Civil Veterinary Department. Madras. Admin. report 1910-25 - 1910-1925
Year: 1910
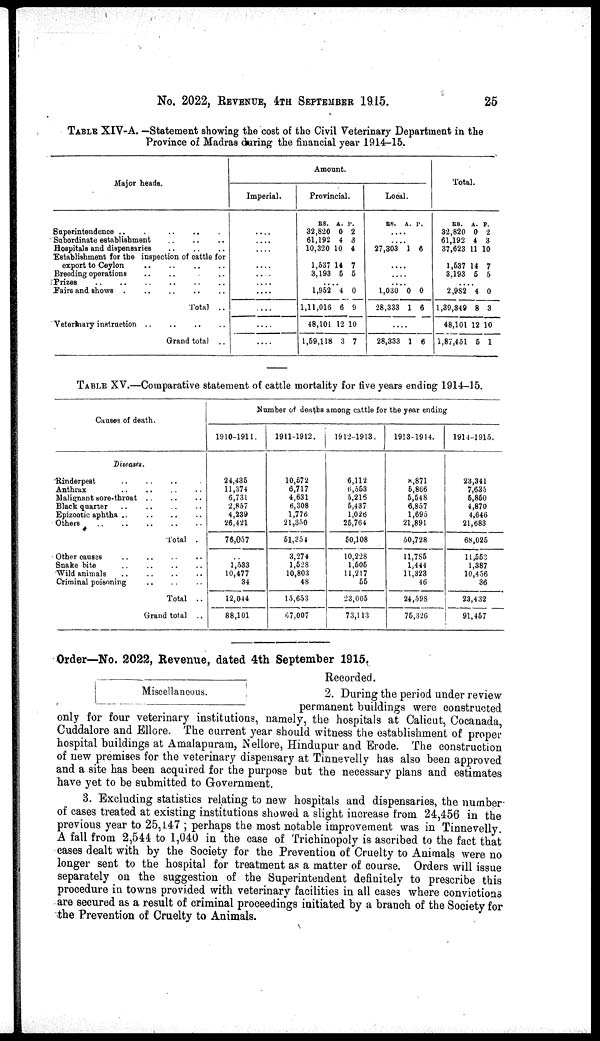
No. 2022, REVENUE, 4TH SEPTEMBER 1915.
25
TABLE XIV-A. —Statement showing the cost of the Civil Veterinary Department in the
Province of Madras during the financial year 1914—15.
Major heads.
Superintendence .. .. .. ..
Subordinate establishment .. .. ..
Hospitals and dispensaries .. .. ..
Establishment for the inspection of cattle for
export to Ceylon .. .. .. ..
Breeding operations .. .. .. ..
Prizes .. .. .. .. .. ..
Fairs and shows .. .. .. .. ..
Total ..
Veterinary instruction .. .. .. ..
Grand total ..
Amount.
Imperial.
....
....
....
....
....
....
....
....
....
....
Provincial.
RS.
32,820
61,192
10,320
1,537
3,193
A.
0
4
10
14
5
P.
2
3
4
7
5
...... 1,952
1,11,016
48,101
1,59,118
4
6
12
3
0
9
10
7
Local.
RS. A. P.
....
....
27,303 1 6
....
....
.... 1,030
28,333
0
1
0
6
....
28,333 1 6
Total.
RS.
32,820
61,192
37,623
1,637
3,193
A.
0
4
11
14
5
P.
2
3
10
7
5
....
2,982
1,39,349
48,101
1,87,451
4
8
12
5
0
3
10
1
TABLE XV.—Comparative statement of cattle mortality for five years ending 1914-15.
Causes of death.
Diseases.
Rinderpest
..
..
..
.
Anthrax .. .. .. ..
Malignant sore-throat .. .. ..
Black quarter .. .. .. ..
Epizootic aphtha .. .. .. ..
Others .. .. .. .. ..
Total .
Other causae .. .. .. ..
Snake bite .. .. .. ..
Wild animals .. .. .. ..
Criminal poisoning .. .. ..
Total ..
Grand total ..
Number of deaths among cattle for the year ending
1910-1911.
24,435
11,374
6,731
2,857
4,239
26,421
76,057
..
1,533
10,477
34
12,044
88,101
1911-1912.
10,572
6,717
4,631
6,308
1,776
21,350
51,354
3,274
1,628
10,801
48
15,653
67,007
1912-1913.
6,112
6,553
5,216
6,437
1,026
25,764
50,108
10,228
1,505
11,217
55
23,005
73,113
1913-1914.
8,871
6,866
5,548
6,857
1,695
21,891
50,728
11,785
1,444
11,323
46
24,598
75,326
1914-1915.
23,341
7,635
6,850
4,870
4,646
21,683
68,025
11,553
1,387
10,456
36
23,432
91,457
Order—No. 2022, Revenue, dated 4th September 1915.
Miscellaneous.
Recorded.
2. During the period under review
permanent buildings were constructed
only for four veterinary institutions, namely, the hospitals at Calicut, Cocanada,
Cuddalore and Ellore. The current year should witness the establishment of proper
hospital buildings at Amalapuram, Nellore, Hindupur and Erode. The construction
of new premises for the veterinary dispensary at Tinnevelly has also been approved
and a site has been acquired for the purpose but the necessary plans and estimates
have yet to be submitted to Government.
3. Excluding statistics relating to new hospitals and dispensaries, the number
of cases treated at existing institutions showed a slight increase from 24,456 in the
previous year to 25,147 ; perhaps the most notable improvement was in Tinnevelly.
A fall from 2,544 to 1,040 in the case of Trichinopoly is ascribed to the fact that
cases dealt with by the Society for the Prevention of Cruelty to Animals were no
longer sent to the hospital for treatment as a matter of course. Orders will issue
separately on the suggestion of the Superintendent definitely to prescribe this
procedure in towns provided with veterinary facilities in all cases where convictions
are secured as a result of criminal proceedings initiated by a branch of the Society for
the Prevention of Cruelty to Animals.